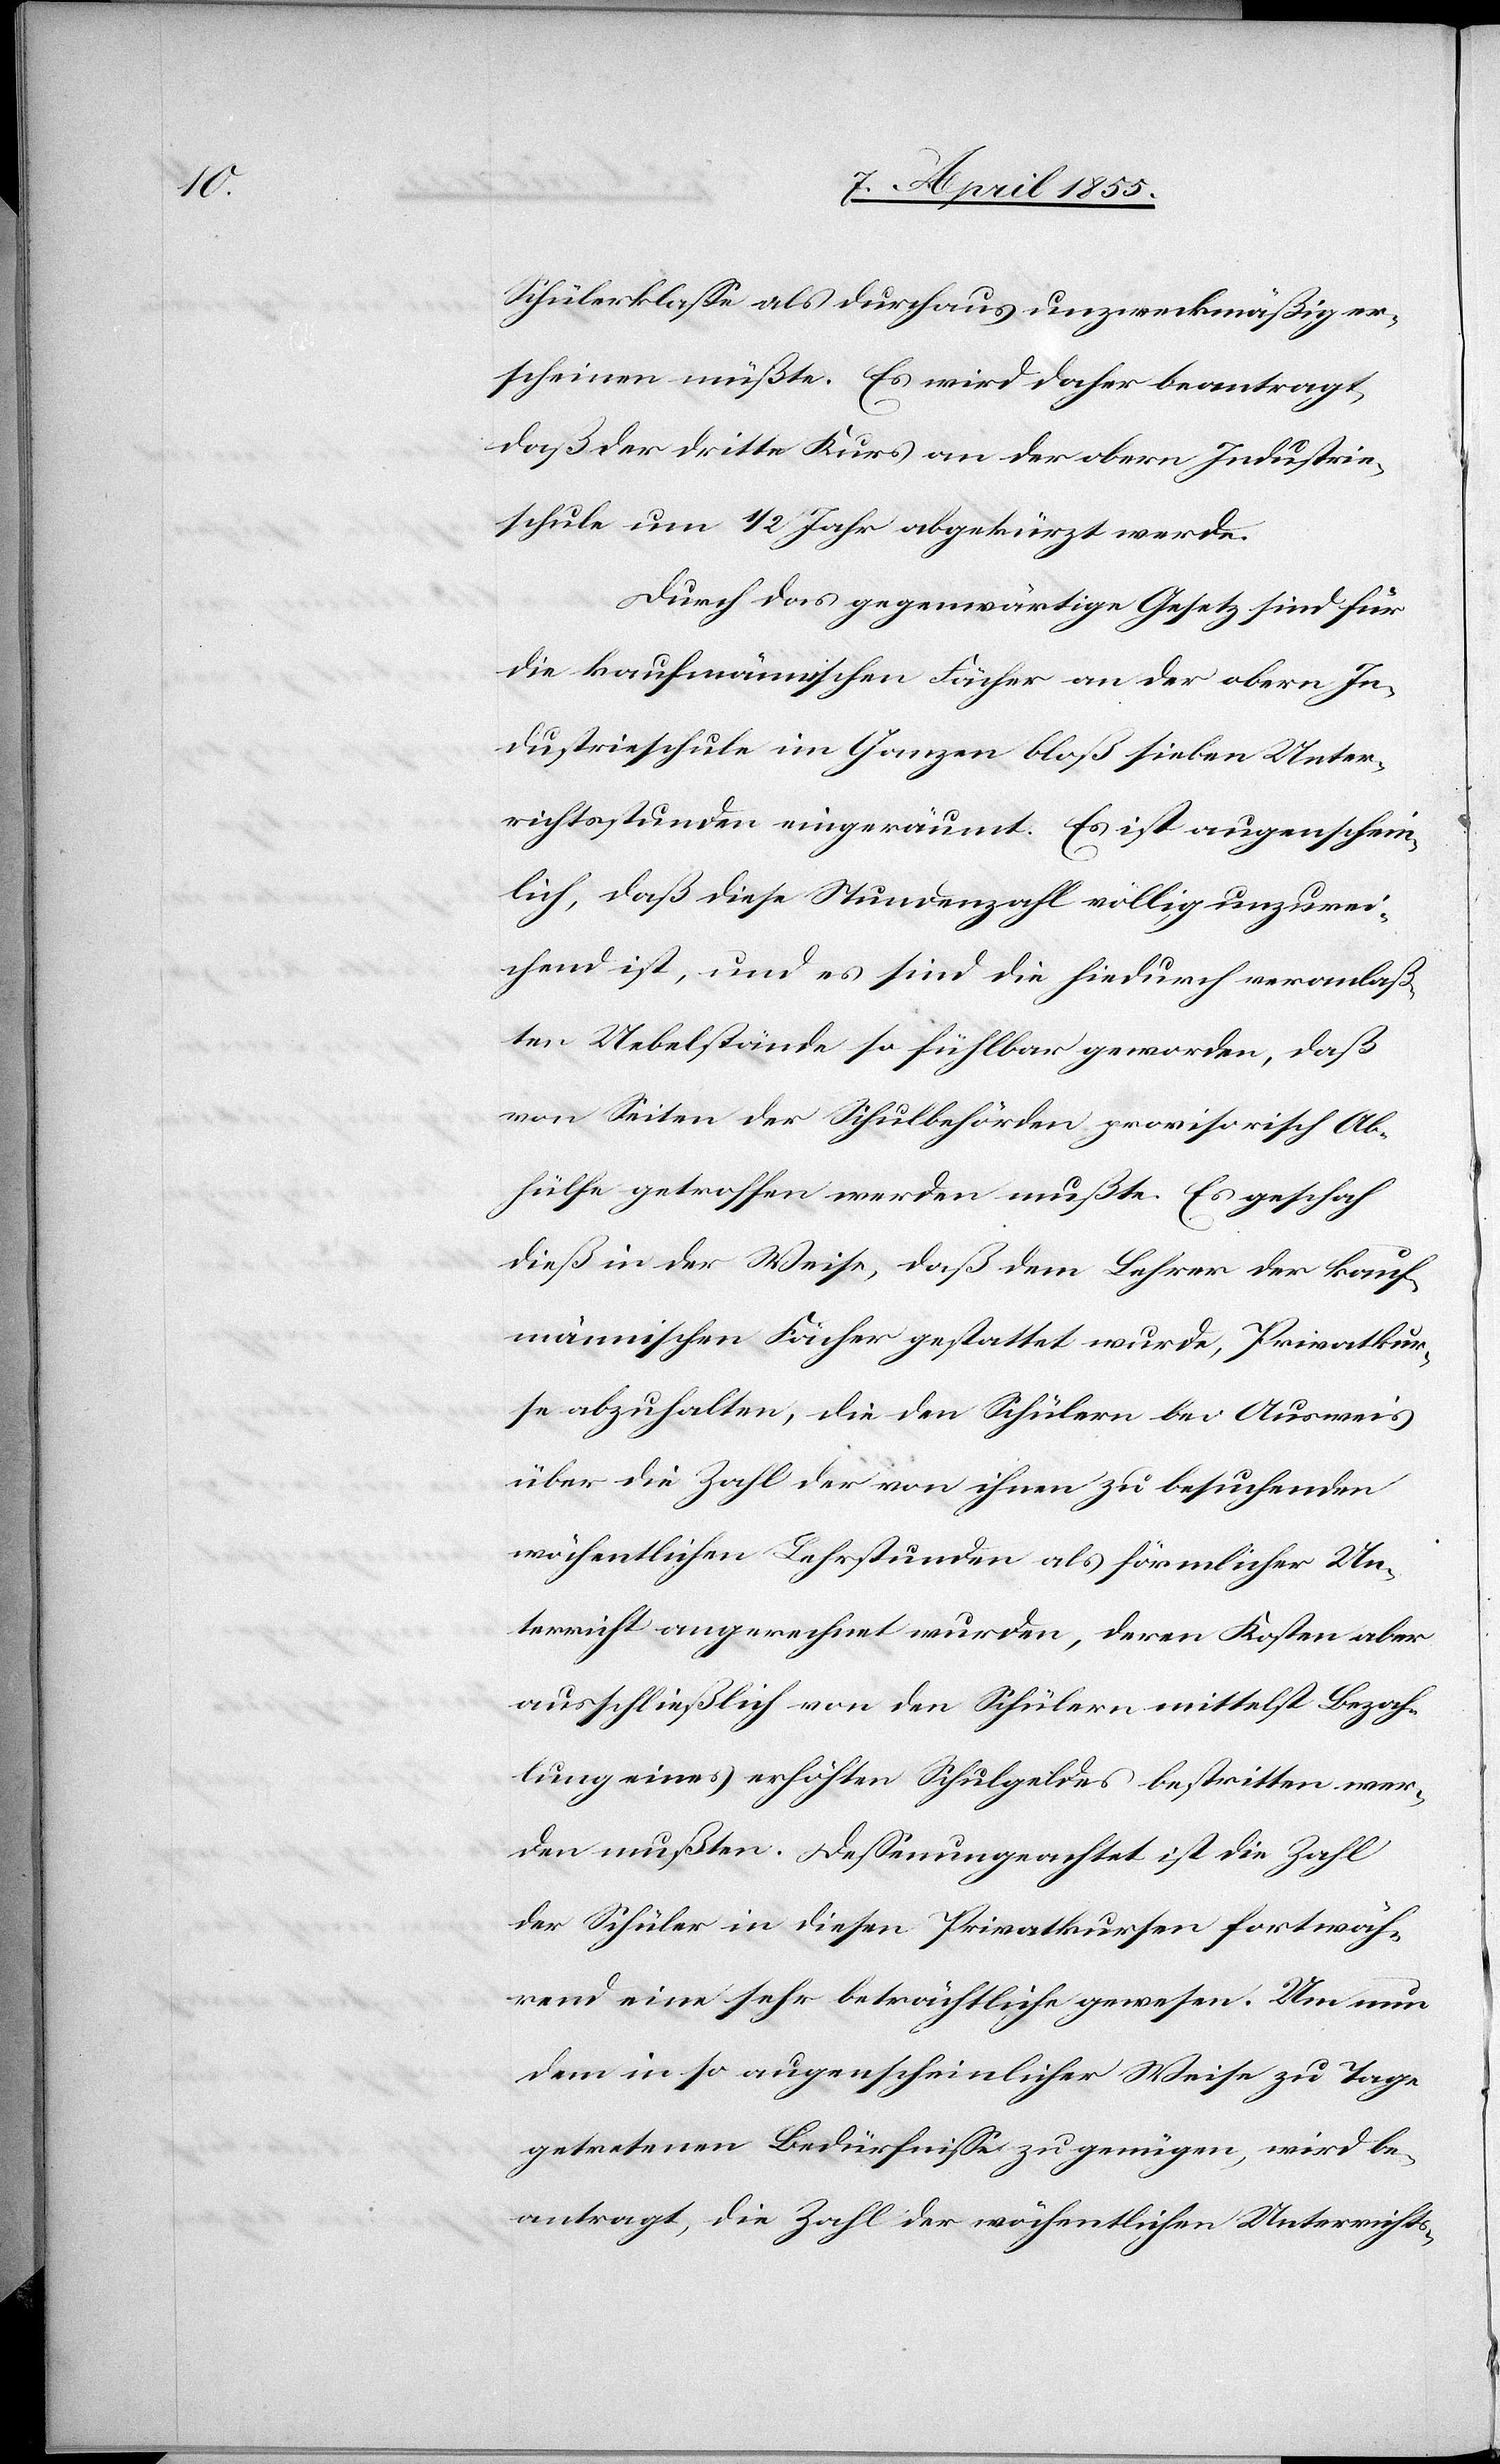
Schülerklasse als durchaus unzweckmäßig er¬
scheinen müßte. Es wird daher beantragt,
daß der dritte Kurs an der obern Industrie¬
schule um 1/2 Jahr abgekürzt werde.
Durch das gegenwärtige Gesetz sind für
die kaufmännischen Fächer an der obern In¬
dustrieschule im Ganzen bloß sieben Unter¬
richtsstunden eingeräumt. Es ist augenschein¬
lich, daß diese Stundenzahl völlig unzurei¬
chend ist, und es sind die hiedurch veranlaß¬
ten Uebelstände so fühlbar geworden, daß
von Seiten der Schulbehörden provisorisch Ab¬
hülfe getroffen werden mußte. Es geschah
dieß in der Weise, daß dem Lehrer der kauf¬
männischen Fächer gestattet wurde, Privatkur¬
se abzuhalten, die den Schülern bei Ausweis
über die Zahl der von ihnen zu besuchenden
wöchentlichen Lehrstunden als förmlicher Un¬
terricht angerechnet wurden, deren Kosten aber
ausschließlich von den Schülern mittelst Bezah¬
lung eines erhöhten Schulgeldes bestritten wer¬
den mußten. Dessenungeachtet ist die Zahl
der Schüler in diesen Privatkursen fortwäh¬
rend eine sehr beträchtliche gewesen. Um nun
dem in so augenscheinlicher Weise zu Tage
getretenen Bedürfnisse zu genügen, wird be¬
antragt, die Zahl der wöchentlichen Unterrichts-